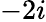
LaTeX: -2i